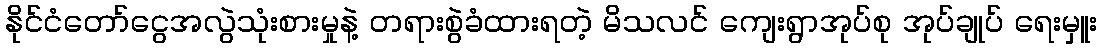
နိုင်ငံတော်ငွေအလွဲသုံးစားမှုနဲ့ တရားစွဲခံထားရတဲ့ မိသလင် ကျေးရွာအုပ်စု အုပ်ချုပ် ရေးမှူး